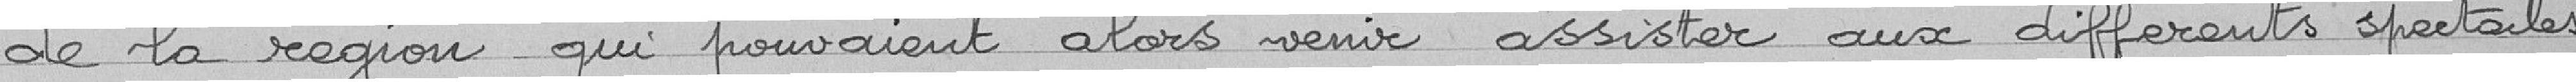
de la région qui pouvaient alors venir assister aux différents spectacles